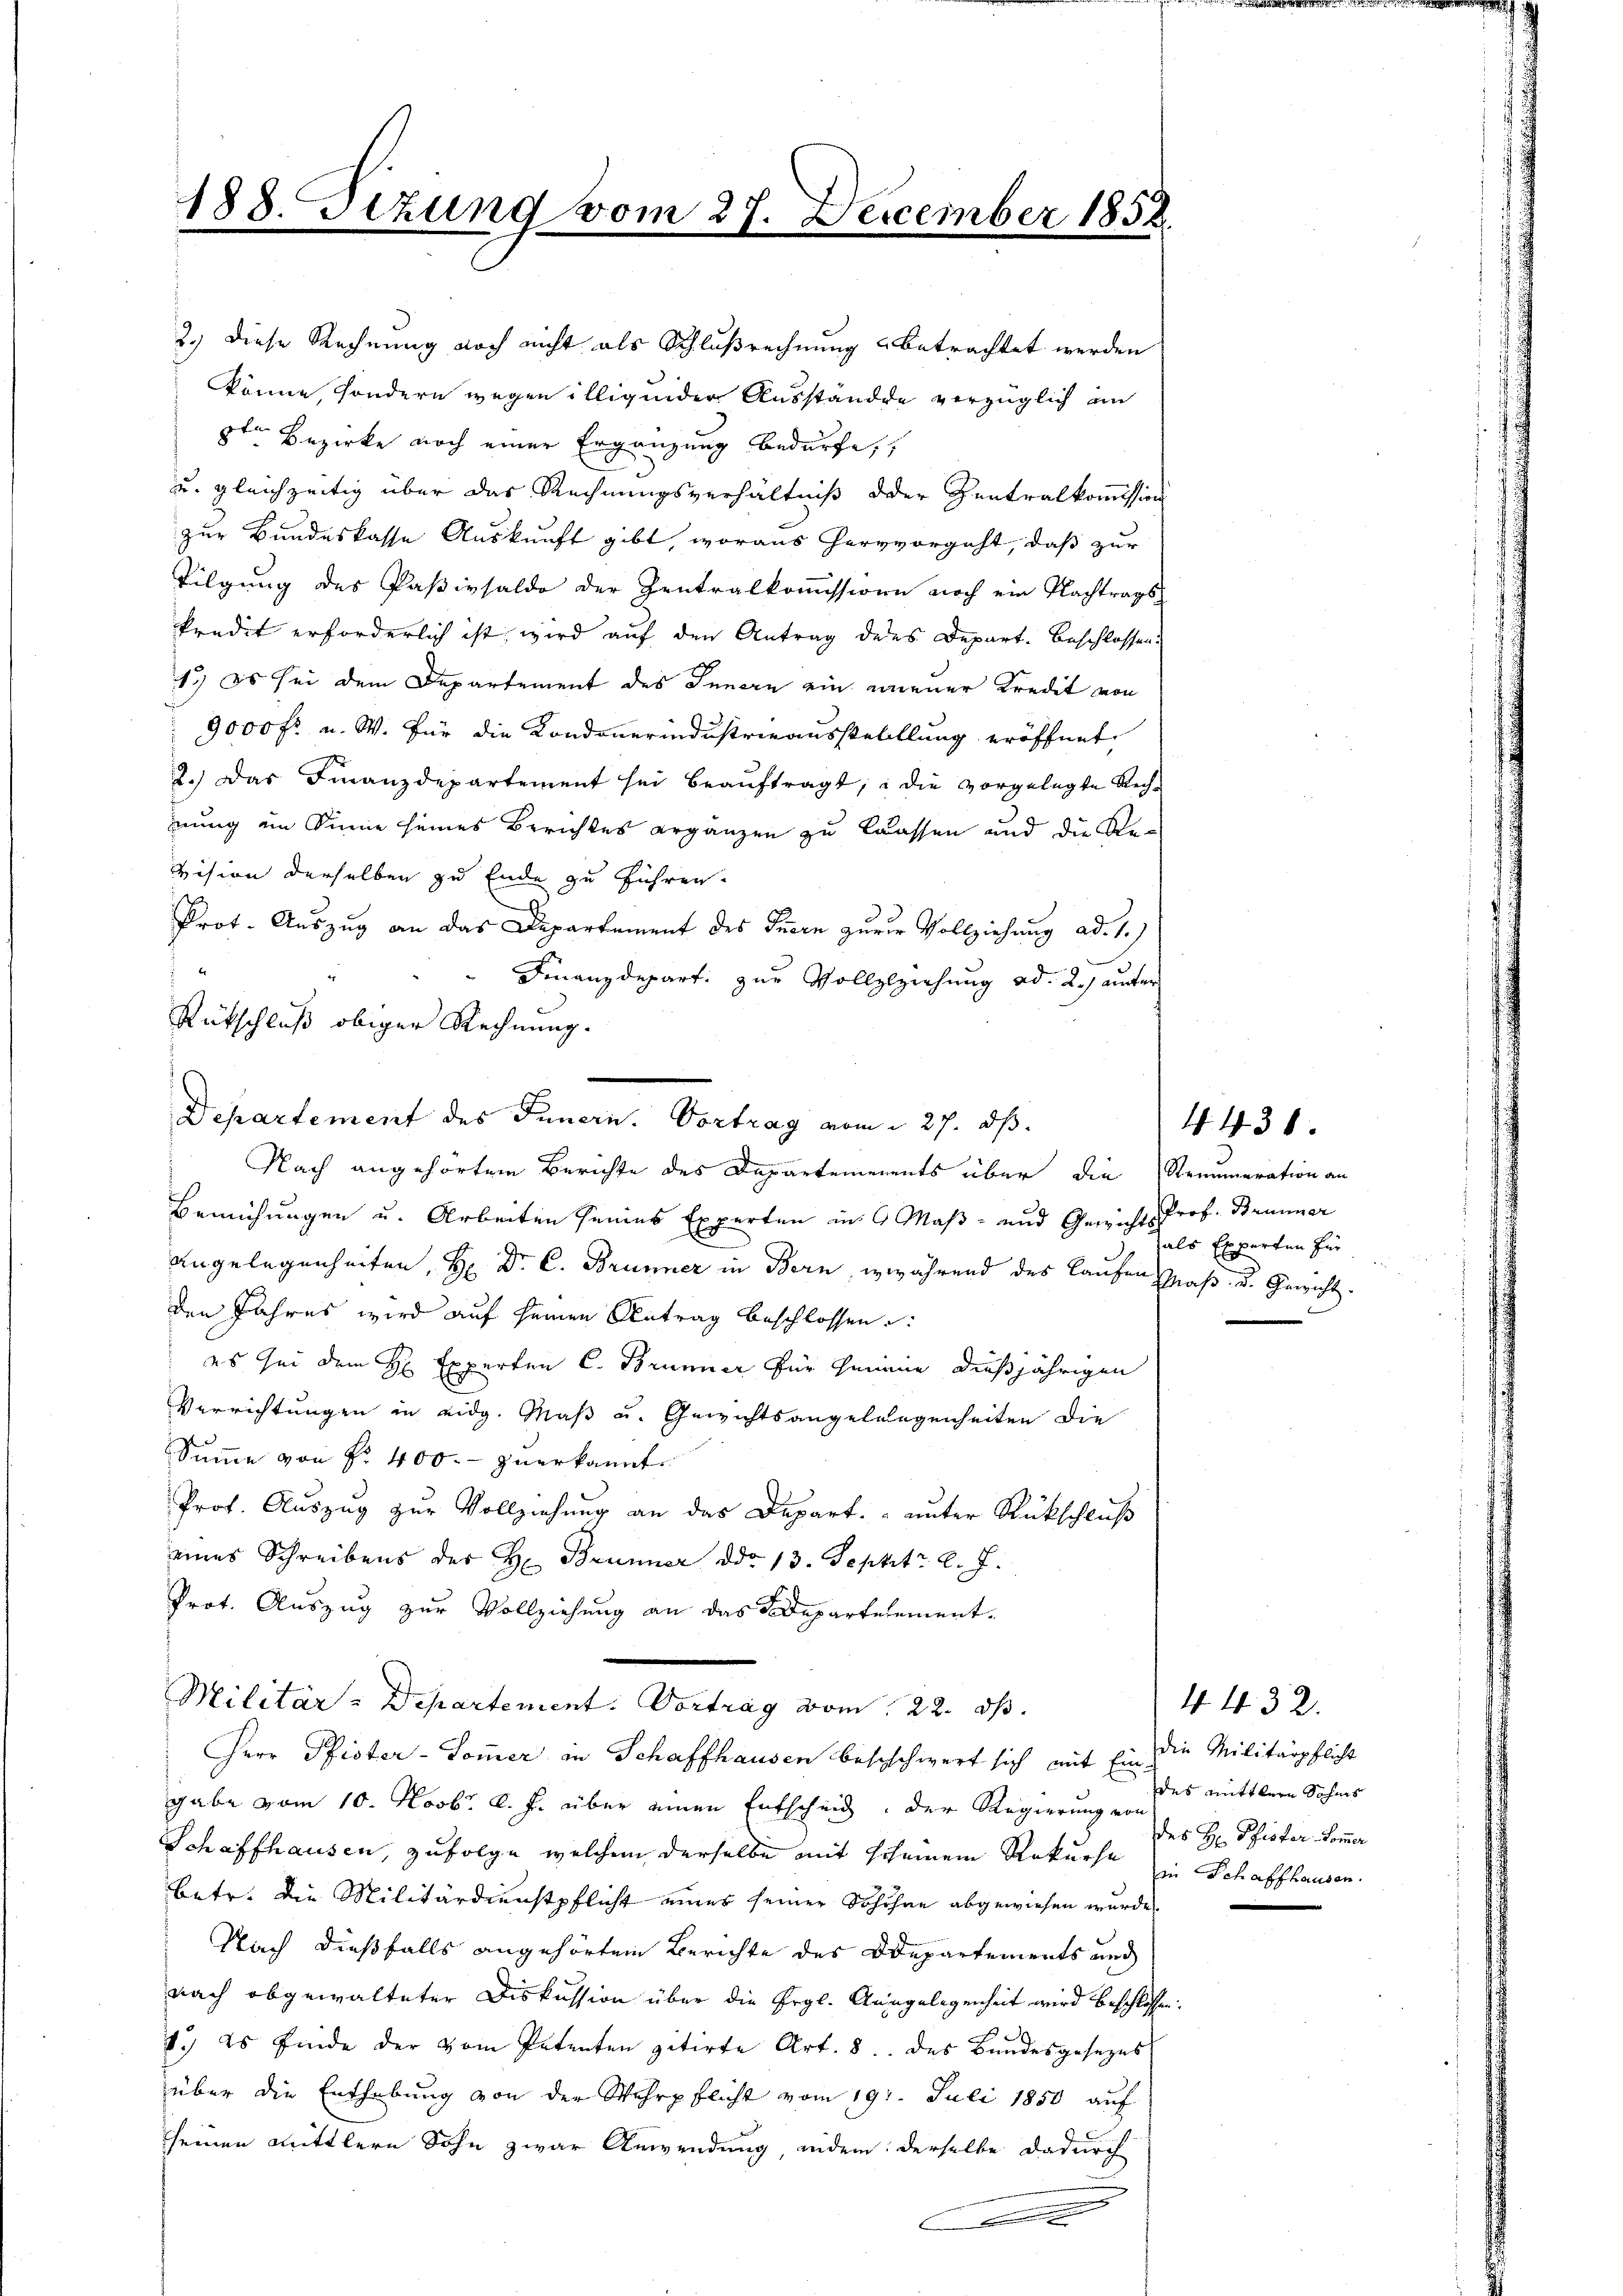
2.) Diese Rechnung noch nicht als Schlußrechnung betrachtet werden
könne, sondern wegen illigender Ausstände verzüglich an
8ten Bezirke noch einer Ergänzung bedürfe,
u. gleichzeitig über das Rechnungsverhältniß oder Zentralkommission
zur Bundeskasse Auskunft gibt, woraus hervorgeht, daß zur
Tilgung des Paßivsaldo der Zentralkoṁissione noch ein Nachtrags-
kredit erforderlich ist wird auf den Antrag des Depart. Beschlossen.
1.) Es sei dem Departement des Innern ein neuer Kredit von
9000 fr. u. W. für die Kondonerindustrieausstelllung eröffnet.
2.) Das Finanzdepartement sei beaŭftragt, die vorgelegte Rechnung im Sinne seines Berichtes ergänzen zu lassen und die Revision derselben zu Ende zu führen.
Prot. Auszug an das Departement des Inern zurer Vollziehung ad. 1.)
Finanzdepart, zur Vollzlziehung ad 2.) aufer
Nach angehörten Berichte des Departemenents über die Straumeration an
Bemühungen u. Arbeiten seines Experten in 6 Maß- und Gewichts Prof. Brunner
Angelegenheiten, H. Dr. C. Brunner in Bern, während des Laufen Maß- u. Gewicht.
den Jahres wird auf seinen Antrag beschlossen
es sei dem H. Experten C. Brunner für Gemeine dießjährigen
Verrichtungen in eidg. Maß u. Gewichtsangelangenheiten die
Summe von Fr. 400. zuerkannt.
Prof. Auszug zur Vollziehung an das Depart. unter Rückschluß
eines Schreibens der H. Brunner ddo 13. Sept. l. J.
Prot. Auszug zur Vollziehung an das Adepartelement¬
Militär-Departement: Vortrag vom 22. ds.
Herr Pfister-Pommer in Schaffhausen beschchwert sich mit Ein die Militärpflicht
gabe vom 10. Novbr. l. J. über einen Entscheid, der Regierung von
Schaffhausen, zufolge welchem derselbe mit scheinem Rekurse in Schaffhausen.
betr. die Militärdienstpflicht eines seiner Schöhne abgewiesen wurde.
Nach dießfalls angehörtem Berichte des Departements und
nach abgewalteter Diskussion über die Ergl. Ausgelegenheit wird beschlossen:
1.) Es finde der vom Petenten zitirte Art. 8. des Bundesgesezes
über die Enthebung von der Wehrpflicht vom 19. Juli 1850 auf
seinen Mittlern Sohn zwar Anwendung, indem derselbe dadurch
x
.

188. Tizung vom 27. December 1858

Rütschluß obiger Rechnung.

Departement des Innern. Vortrag vom 27. ds.

als Experten für

438.

4432.
des mittlere Sohnes
des H. Pfister Kom̅er